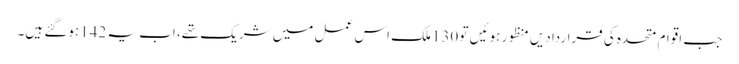
جب اقوام متحدہ کی قراردادیں منظور ہوئیں تو 130ملک اس عمل میں شریک تھے، اب یہ 142ہوگئے ہیں۔